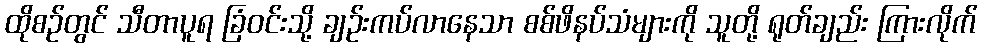
ထိုစဉ်တွင် သီတာပူရ ခြံဝင်းသို့ ချဉ်းကပ်လာနေသာ စစ်ဖိနပ်သံများကို သူတို့ ရုတ်ချည်း ကြားလိုက်